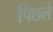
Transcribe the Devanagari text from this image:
पिछले